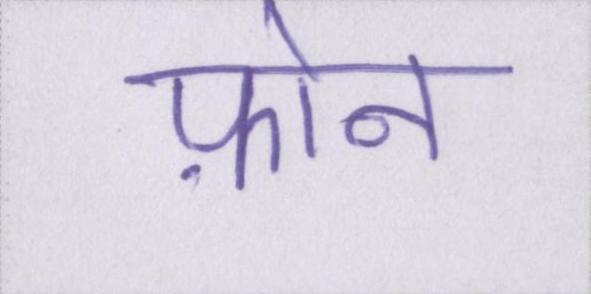
फ़ोन